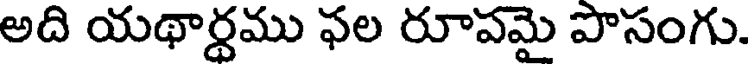
అది యథార్థము ఫల రూపమై పొసంగు.